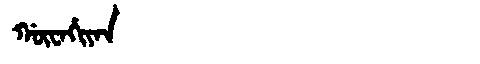
Manchu: ᡤᡡᠸᠠᡥᡳᠶᠠᠨ
Romanization: GŪWAHIYAN